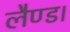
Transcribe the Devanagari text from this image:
लैण्ड।